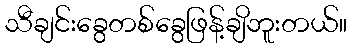
သီချင်းခွေတစ်ခွေဖြန့်ချိဘူးတယ်။